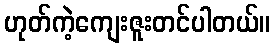
ဟုတ်ကဲ့ကျေးဇူးတင်ပါတယ်။